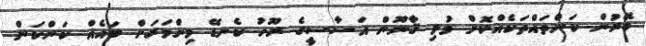
ބޭރުން ކަންތައްތަކެއްކޮށް މުޅި ޤާނޫން އަސާސީގެ ރޫހު ކެނޑޭ މިންވަރަށް ބައެއް ކަންކަން